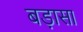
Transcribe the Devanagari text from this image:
बड़ासा